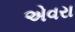
એવરા